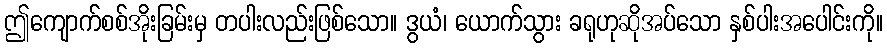
ဤကျောက်စစ်အိုးခြမ်းမှ တပါးလည်းဖြစ်သော။ ဒွယံ၊ ယောက်သွား ခရုဟုဆိုအပ်သော နှစ်ပါးအပေါင်းကို။